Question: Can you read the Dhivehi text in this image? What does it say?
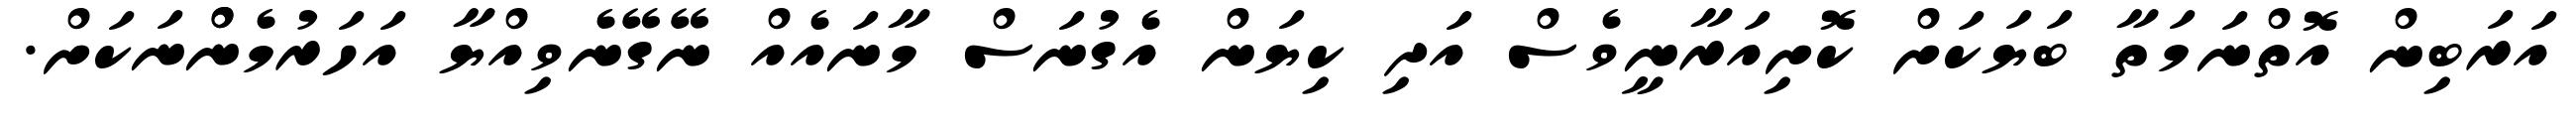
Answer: އަރަބިން އޮތްނަމަތާ ބަޔަކަށް ކޮށިއަރާނީވެސް އަދި ކިޔަން އެގުނަސް މާނައެއް ނޭގޭނެވިއްޔާ އަހަރުމެންްނަކަށް.